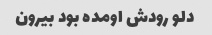
دلو رودش اومده بود بیرون